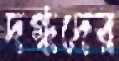
দগ্ধদের